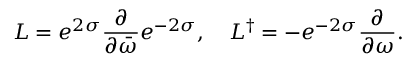
L = e ^ { 2 \sigma } \frac { \partial } { \partial \bar { \omega } } e ^ { - 2 \sigma } , \ \ \ L ^ { \dag } = - e ^ { - 2 \sigma } \frac { \partial } { \partial \omega } .